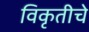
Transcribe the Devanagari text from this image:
विकृतीचे